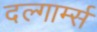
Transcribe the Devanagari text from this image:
दल्गार्म्स